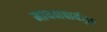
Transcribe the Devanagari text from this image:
माधवाचार्यकृत